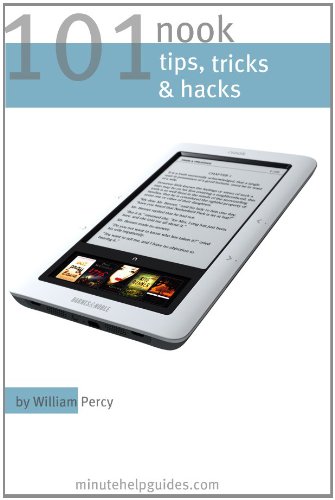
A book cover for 101 Nook Tips, Tricks, and Hacks: The Unofficial Guide to Getting the Most Out of the Nook eReader; William Percy; Computers & Technology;